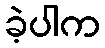
ခဲ့ပါက